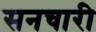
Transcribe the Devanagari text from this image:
सनचारी